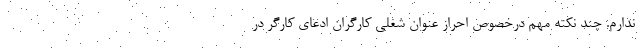
ندارم. چند نکته مهم درخصوص احراز عنوان شغلی کارگران ادعای کارگر در